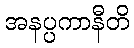
အနပ္ပကာနီတိ